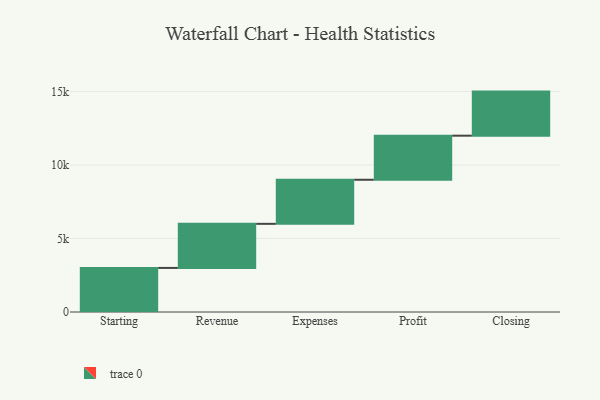
{"axis": {"x": "Step", "y": "Value"}, "legend": [""], "data": [{"x": "Starting", "y": 3000, "type": ""}, {"x": "Revenue", "y": 3000, "type": ""}, {"x": "Expenses", "y": 3000, "type": ""}, {"x": "Profit", "y": 3000, "type": ""}, {"x": "Closing", "y": 3000, "type": ""}]}